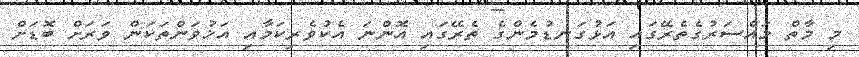
މި މާތް މައްސަރުގެތެރޭގައި އަޅުގަނޑުމެންގެ ތެރޭގައި އޮންނަ އެކުވެރިކަމާއި އަޚުވަންތަކަން ވަރަށް ބޮޑަށް